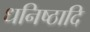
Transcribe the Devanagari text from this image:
धनिष्ठादि